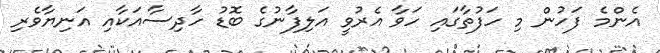
އެންމެ ފަހުން މި ހަފުތާގައި ހަވާ އެރުވީ އަލިފާނުގެ ބޮޑު ހާދިސާއަކާއި އަނިޔާވެރި